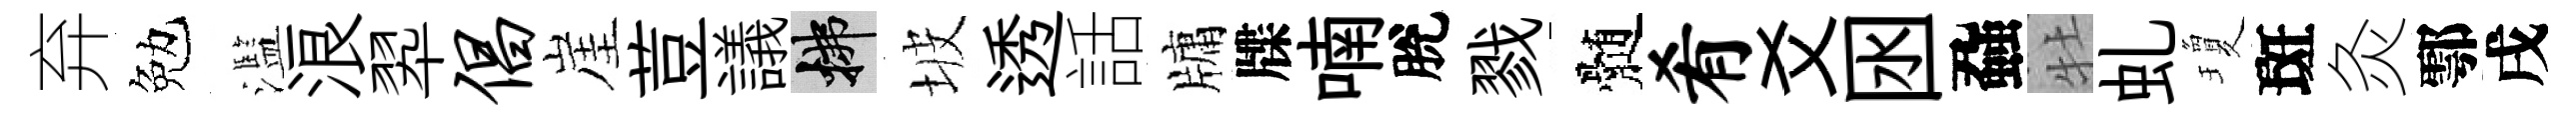
弃勉濫浪翆倡崖荳議拂坡透話牗牒喃脫戮髄肴爻囦蝨牡虬瓊斑灸鄠戌